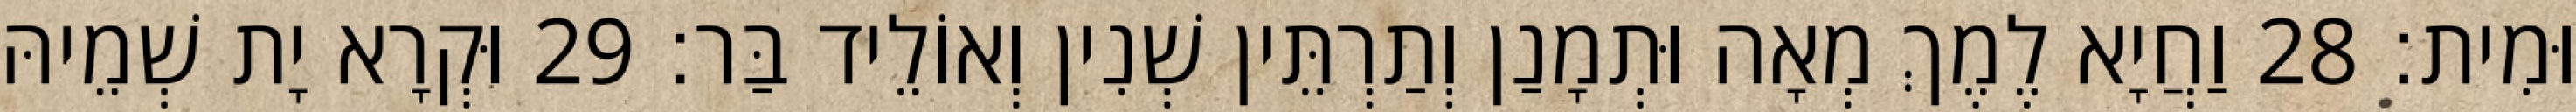
וּמִית׃ 28 וַחֲיָא לֶמֶךְ מְאָה וּתְמָנַן וְתַרְתֵּין שְׁנִין וְאוֹלֵיד בַּר׃ 29 וּקְרָא יָת שְׁמֵיהּ